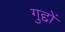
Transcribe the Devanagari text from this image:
गुद्दों